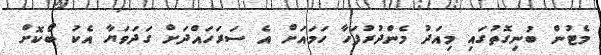
މެޓުން ބުނިގޮތުގައި މިއަދު މެންދުރުފަހާ ހަމައަށް އެ ސަރަހައްދަށް ގަދަވަޔާ އެކު ބޯކޮށް